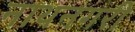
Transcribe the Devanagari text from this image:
नाथनगरी